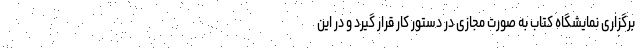
برگزاری نمایشگاه کتاب به صورت مجازی در دستور کار قرار گیرد و در این